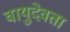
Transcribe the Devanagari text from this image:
वायुदेवता